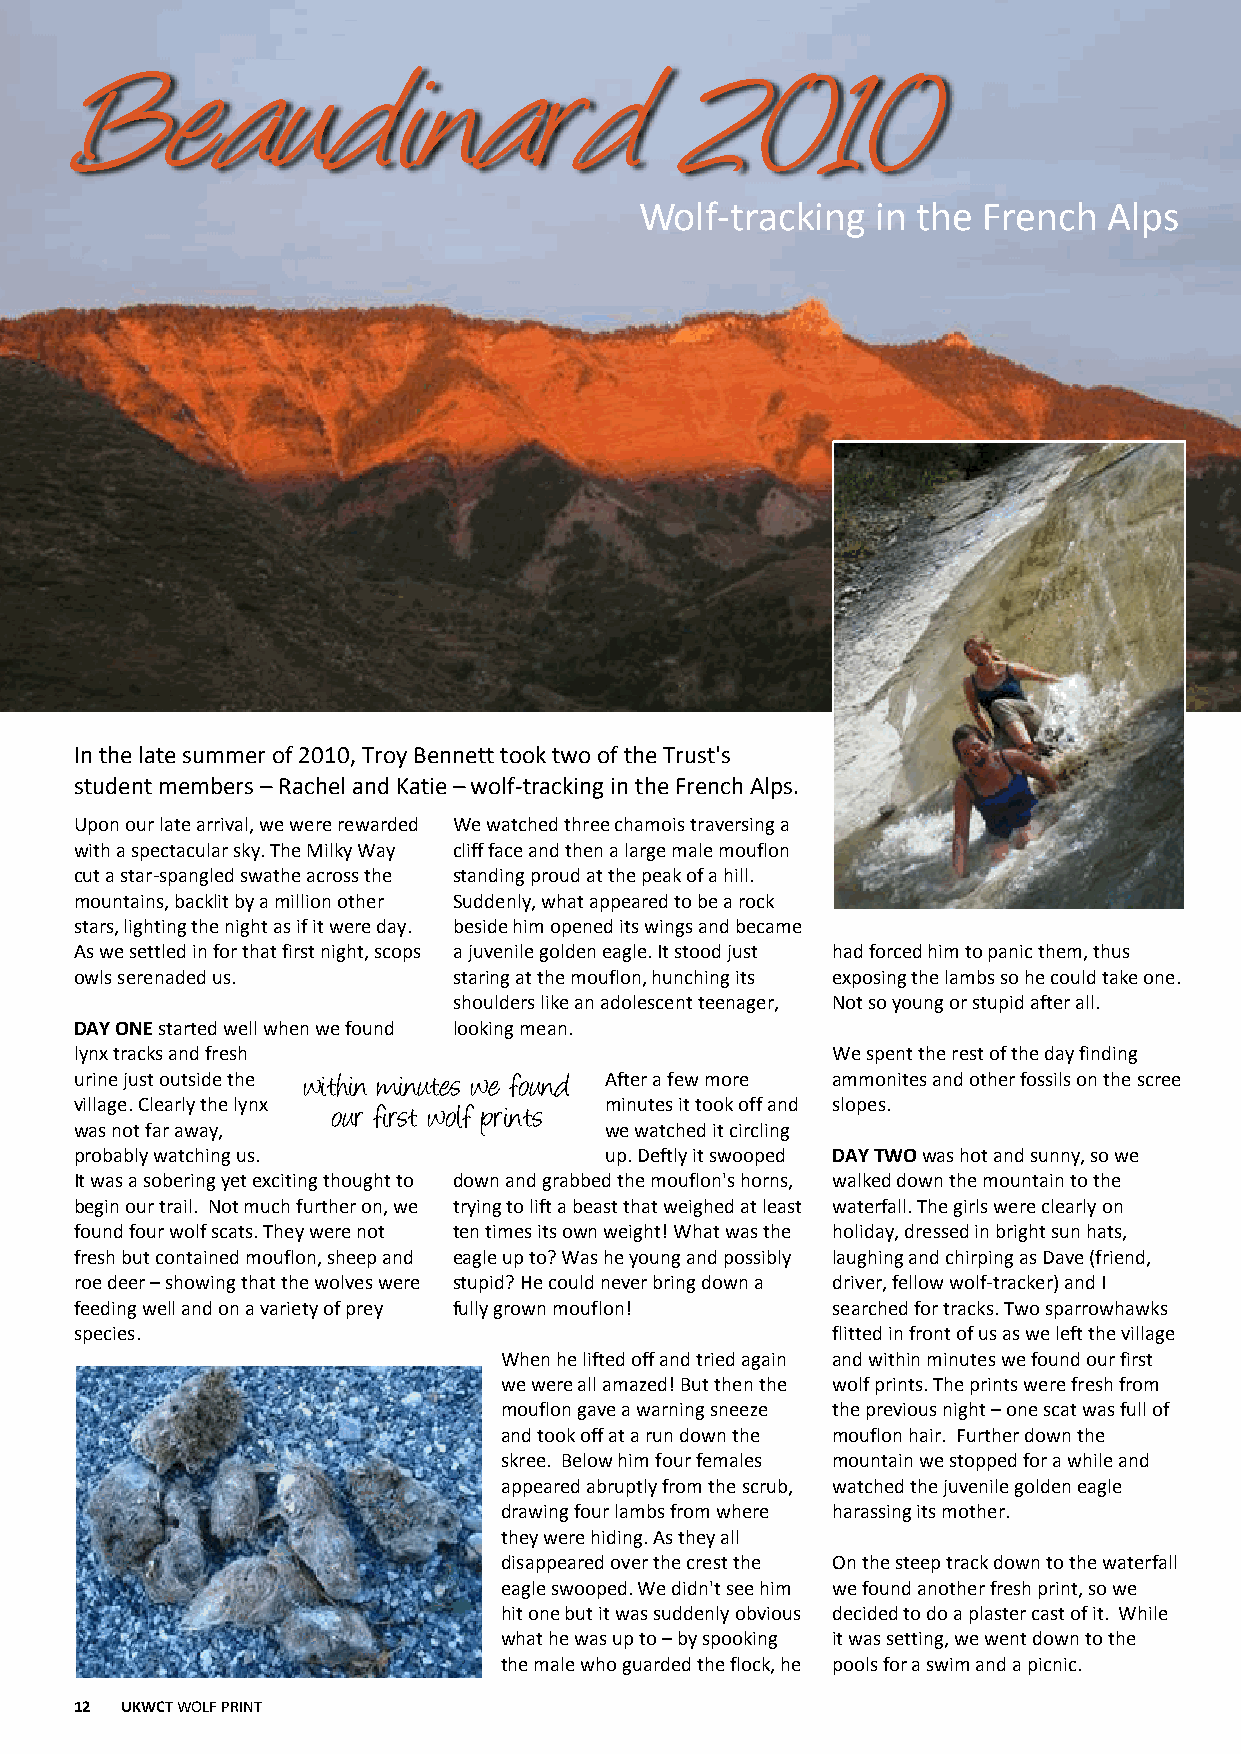
Wolf-tracking   in the French  Alps
 In the late summer of 2010, Troy Bennett took two of the Trust's
 student members – Rachel and Katie – wolf-tracking in the French Alps.
 Upon our late arrival, we were rewarded We watched three chamois traversing a
 with a spectacular sky. The Milky Way cliff face and then a large male mouflon
 cut a star-spangled swathe across the standing proud at the peak of a hill.
 mountains, backlit by a million other Suddenly, what appeared to be a rock
 stars, lighting the night as if it were day. beside him opened its wings and became
 As we settled in for that first night, scops a juvenile golden eagle. It stood just had forced him to panic them, thus
 owls serenaded us.       staring at the mouflon, hunching its exposing the lambs so he could take one.
 shoulders like an adolescent teenager, Not so young or stupid after all.
 DAY ONEstarted well when we found looking mean.
 lynx tracks and fresh                             We spent the rest of the day finding
 urine just outside the within minutes we found After a few more ammonites and other fossils on the scree
 village. Clearly the lynx          minutes it took off and slopes.
 our first wolf prints
 was not far away,                  we watched it circling
 probably watching us.              up. Deftly it swooped DAY TWOwas hot and sunny, so we
 It was a sobering yet exciting thought to down and grabbed the mouflon's horns, walked down the mountain to the
 begin our trail. Not much further on, we trying to lift a beast that weighed at least waterfall. The girls were clearly on
 found four wolf scats. They were not ten times its own weight! What was the holiday, dressed in bright sun hats,
 fresh but contained mouflon, sheep and eagle up to? Was he young and possibly laughing and chirping as Dave (friend,
 roe deer – showing that the wolves were stupid? He could never bring down a driver, fellow wolf-tracker) and I
 feeding well and on a variety of prey fully grown mouflon! searched for tracks. Two sparrowhawks
 species.                                          flitted in front of us as we left the village
 When he lifted off and tried again and within minutes we found our first
 we were all amazed! But then the wolf prints. The prints were fresh from
 mouflon gave a warning sneeze the previous night – one scat was full of
 and took off at a run down the mouflon hair. Further down the
 skree. Below him four females mountain we stopped for a while and
 appeared abruptly from the scrub, watched the juvenile golden eagle
 drawing four lambs from where harassing its mother.
 they were hiding. As they all
 disappeared over the crest the On the steep track down to the waterfall
 eagle swooped. We didn't see him we found another fresh print, so we
 hit one but it was suddenly obvious decided to do a plaster cast of it. While
 what he was up to – by spooking it was setting, we went down to the
 the male who guarded the flock, he pools for a swim and a picnic.
 12 UKWCTWOLF PRINT